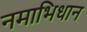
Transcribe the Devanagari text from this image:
नमाभिधान